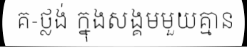
គ-ថ្លង់ ក្នុងសង្គមមួយគ្មាន